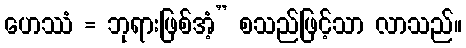
ဟေဿံ = ဘုရားဖြစ်အံ့” စသည်ဖြင့်သာ လာသည်။